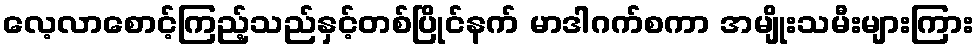
လေ့လာစောင့်ကြည့်သည်နှင့်တစ်ပြိုင်နက် မာဒါဂက်စကာ အမျိုးသမီးများကြား